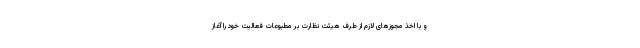
و با اخذ مجوزهای لازم از طرف هیئت نظارت بر مطبوعات فعالیت خود را آغاز